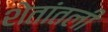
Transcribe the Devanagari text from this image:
शेतांतली